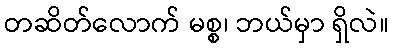
တဆိတ်လောက် မစ္စ၊ ဘယ်မှာ ရှိလဲ။